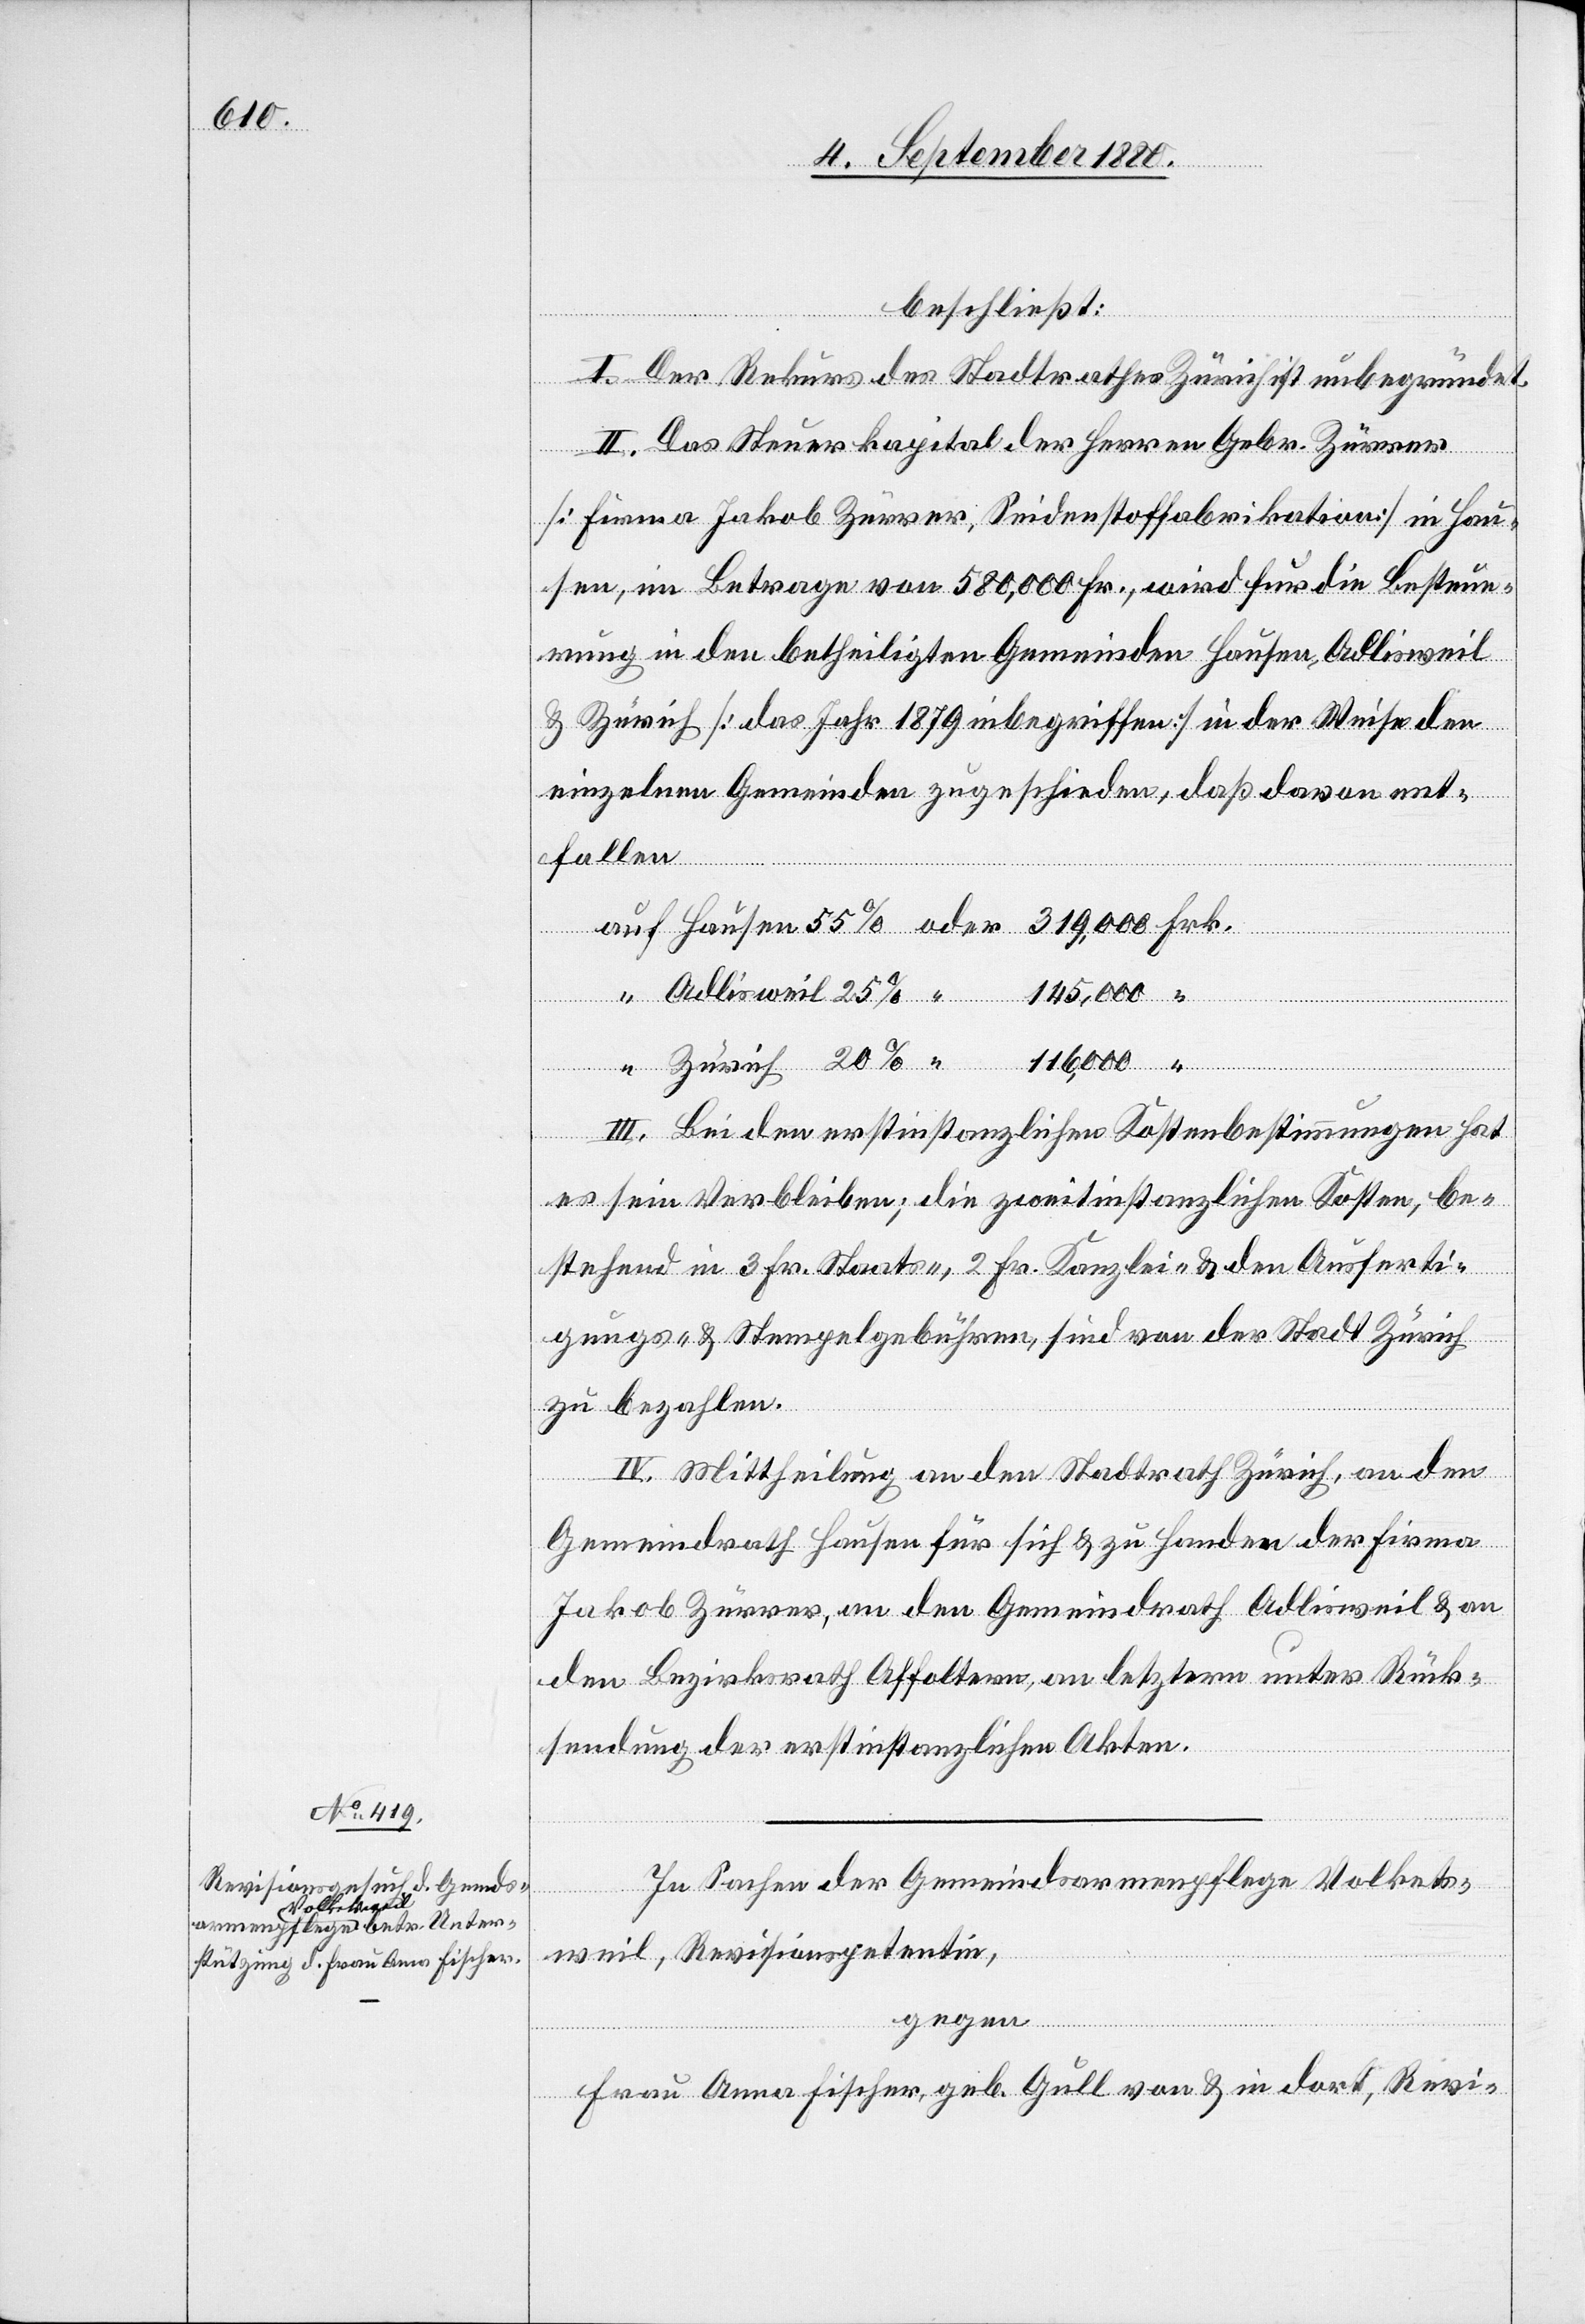
beschließt:
20
I. Der Rekurs des Stadtrathes Zürich ist unbegründet.
II. Das Steuerkapital der Herren Gebr. Zürrer
[Firma Jakob Zürrer, Seidenstofffabrikant] in Hau¬
sen, im Betrage von 580,000 Fr., wird für die Besteue¬
rung in den betheiligten Gemeinden Hausen, Adlisweil
& Zürich [das Jahr 1879 inbegriffen] in der Weise den
einzelnen Gemeinden zugeschieden, daß davon ent¬
fallen
Rück¬
145,000
25
III. Bei den erstinstanzlichen Kostenbestimmungen hat
es sein Verbleiben; die zweitinstanzlichen Kosten be¬
stehend in 3 Fr. Staats-, 2 Fr. Kanzlei- & den Ausferti¬
gungs- & Stempelgebühren, sind von der Stadt Zürich
zu bezahlen.
IV. Mittheilung an den Stadtrath Zürich, an den
Gemeindrath Hausen für sich & zu Handen der Firma
Jakob Zürrer, an den Gemeindrath Affoltern, an
sendung der erstinstanzlichen Akten.
In Sachen der Gemeindsarmenpflege Volkets¬
weil, Revisionspetentin,
gegen
Frau Anna Fischer, geb. Gull von & in dort, Revi-

oder